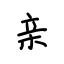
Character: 亲